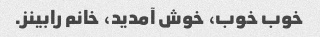
خوب خوب، خوش آمدید، خانم رابینز.